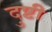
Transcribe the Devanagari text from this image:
दुष्टी